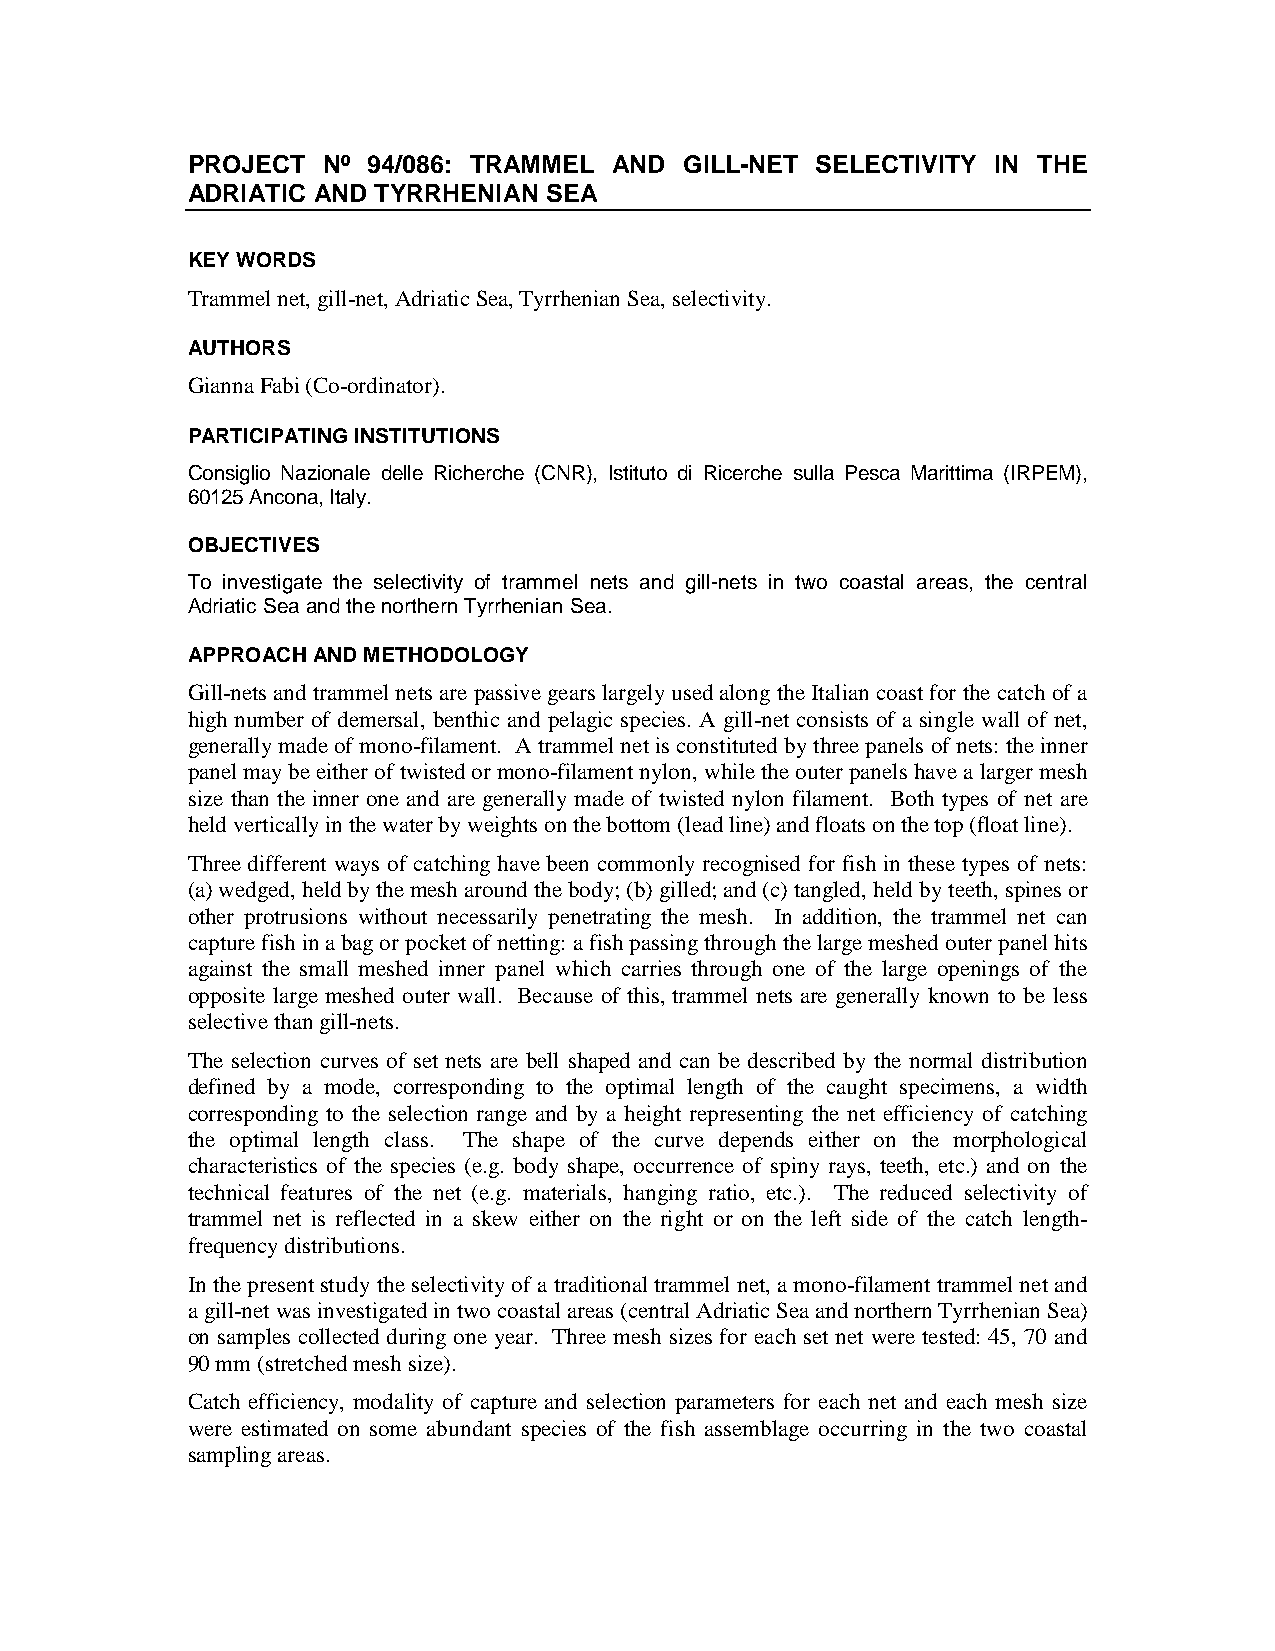
PROJECT  Nº 94/086: TRAMMEL  AND GILL-NET SELECTIVITY IN THE
 ADRIATIC AND TYRRHENIAN SEA
 KEY WORDS
 Trammel net, gill-net, Adriatic Sea, Tyrrhenian Sea, selectivity.
 AUTHORS
 Gianna Fabi (Co-ordinator).
 PARTICIPATING INSTITUTIONS
 Consiglio Nazionale delle Richerche (CNR), Istituto di Ricerche sulla Pesca Marittima (IRPEM),
 60125 Ancona, Italy.
 OBJECTIVES
 To investigate the selectivity of trammel nets and gill-nets in two coastal areas, the central
 Adriatic Sea and the northern Tyrrhenian Sea.
 APPROACH AND METHODOLOGY
 Gill-nets and trammel nets are passive gears largely used along the Italian coast for the catch of a
 high number of demersal, benthic and pelagic species. A gill-net consists of a single wall of net,
 generally made of mono-filament. A trammel net is constituted by three panels of nets: the inner
 panel may be either of twisted or mono-filament nylon, while the outer panels have a larger mesh
 size than the inner one and are generally made of twisted nylon filament. Both types of net are
 held vertically in the water by weights on the bottom (lead line) and floats on the top (float line).
 Three different ways of catching have been commonly recognised for fish in these types of nets:
 (a) wedged, held by the mesh around the body; (b) gilled; and (c) tangled, held by teeth, spines or
 other protrusions without necessarily penetrating the mesh. In addition, the trammel net can
 capture fish in a bag or pocket of netting: a fish passing through the large meshed outer panel hits
 against the small meshed inner panel which carries through one of the large openings of the
 opposite large meshed outer wall. Because of this, trammel nets are generally known to be less
 selective than gill-nets.
 The selection curves of set nets are bell shaped and can be described by the normal distribution
 defined by a mode, corresponding to the optimal length of the caught specimens, a width
 corresponding to the selection range and by a height representing the net efficiency of catching
 the optimal length class. The shape of the curve depends either on the morphological
 characteristics of the species (e.g. body shape, occurrence of spiny rays, teeth, etc.) and on the
 technical features of the net (e.g. materials, hanging ratio, etc.). The reduced selectivity of
 trammel net is reflected in a skew either on the right or on the left side of the catch length-
 frequency distributions.
 In the present study the selectivity of a traditional trammel net, a mono-filament trammel net and
 a gill-net was investigated in two coastal areas (central Adriatic Sea and northern Tyrrhenian Sea)
 on samples collected during one year. Three mesh sizes for each set net were tested: 45, 70 and
 90 mm (stretched mesh size).
 Catch efficiency, modality of capture and selection parameters for each net and each mesh size
 were estimated on some abundant species of the fish assemblage occurring in the two coastal
 sampling areas.